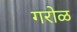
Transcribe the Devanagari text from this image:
गरोळ